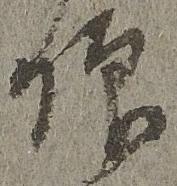
仰